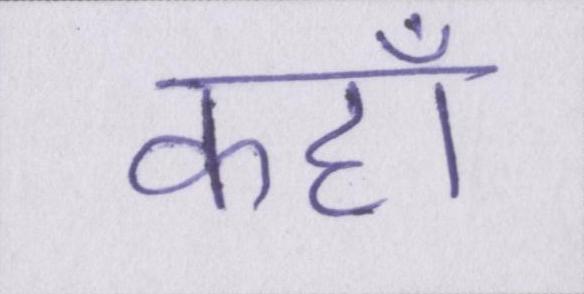
कहॉं